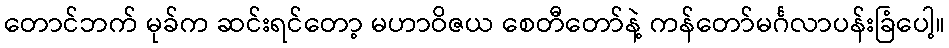
တောင်ဘက် မုခ်က ဆင်းရင်တော့ မဟာဝိဇယ စေတီတော်နဲ့ ကန်တော်မင်္ဂလာပန်းခြံပေါ့။